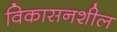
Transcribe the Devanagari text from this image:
विकासनशील